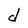
Character: d